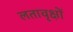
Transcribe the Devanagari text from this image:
लतावृक्षों